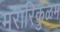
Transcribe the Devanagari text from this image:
मरारिकुळम